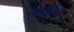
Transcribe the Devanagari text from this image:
इंथोवेन